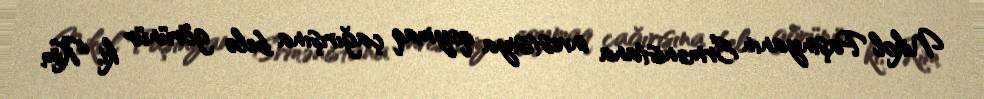
Nikol Paşinyanın Ermənistana investisiya qoymaq çağırışına belə görünür ki, Kim